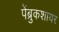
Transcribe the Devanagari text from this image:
पेंब्रुकशायर